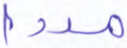
مددا